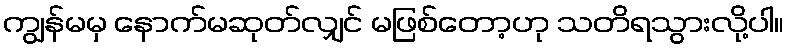
ကျွန်မမှ နောက်မဆုတ်လျှင် မဖြစ်တော့ဟု သတိရသွားလို့ပါ။